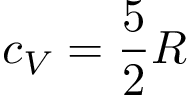
c _ { V } = { \frac { 5 } { 2 } } R